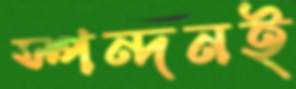
স্পন্দনই